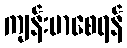
ကျန်းမာစေရန်